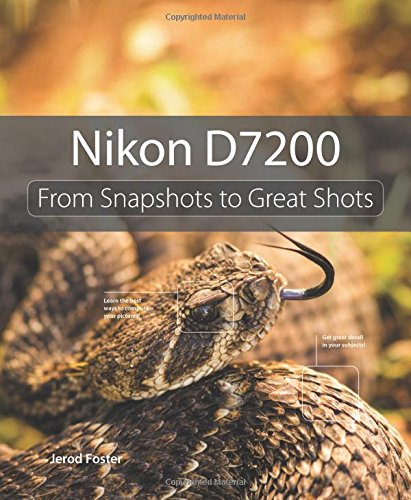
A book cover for Nikon D7200: From Snapshots to Great Shots; Jerod Foster; Arts & Photography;